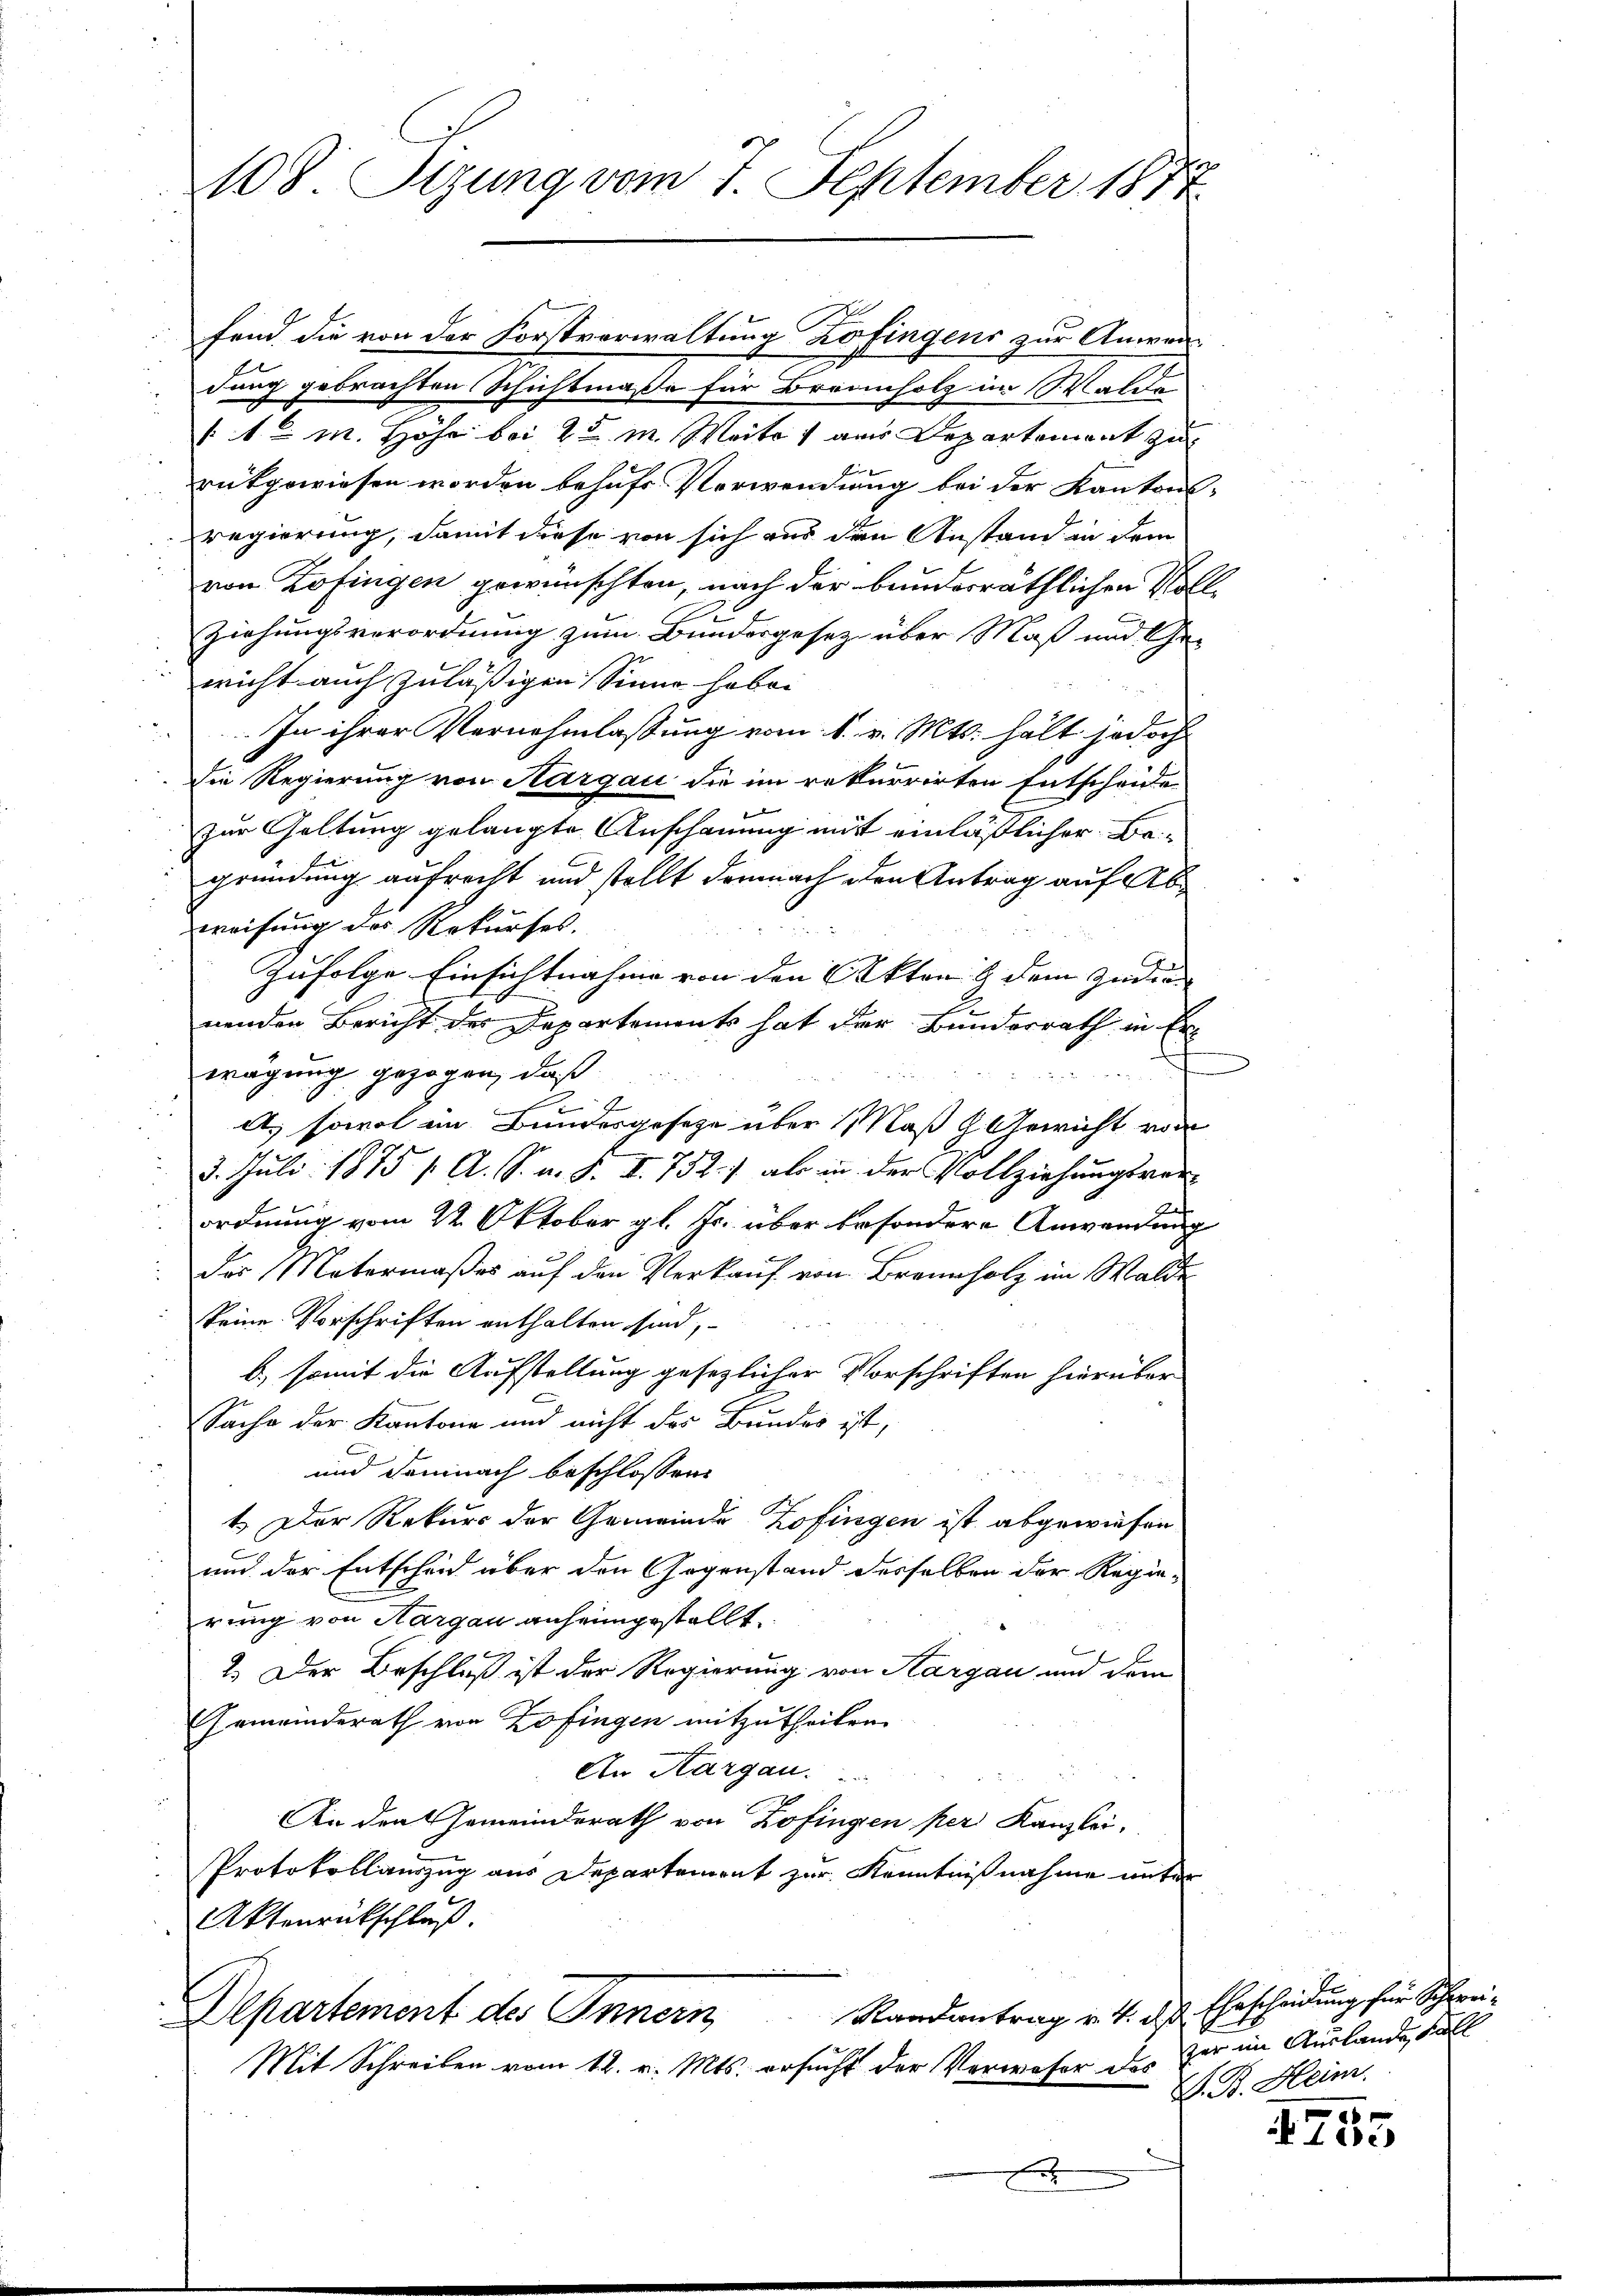
108. Setzung vom 7. September 1877

fend die von der Forstverwaltung Zofingens zur Anwendung gebrachten Schichtmaße für Brennholz im 1. Walde
 a M. Höhe bei 25 m. Maitos aus Departement zu
rukgewiesen worden behufs Verwendung bei der Kantons
regierung, damit diese von sich aus den Anstand in dem
von Zofingen gewünschten, nach der bunderräthlichen Not-
Ziehungsverordnung zum Bundergesetz über Maß und Gewicht auch zuläßigen Sinne habei
In ihrer Vernehmlassung vom 1. v. Mts. hält jedoch
die Regierung von Aargau die im rekurrirten Entscheide
zur Geltung gelangte Anschauung mit einläßlicher Be-
gründung aufrecht und stellt demnach den Antrag auf Abweisung der Rekurses.
Zufolge Einsichtnahme von den Akten & dem India- |
nenden Bericht des Departements hat der Bunderrath in Er¬
.
wägung gezogen, daß
9
A. sowol im Bundesgesetze über Maß & Gewicht von
3. Juli 1875 / A. S. a. S. I. 752.) als in der Vollziehungsrat
ordnung vom 22. Oktober gl. Js. über besondere Anwendung
.Der Matermaßes auf den Verkauf von Brennholz im Walde
keine Vorschriften enthalten sind,
b) somit die Aufstellung gesezlicher Vorschriften hierüber
Sache der Kantone und nicht des Bundes ist,
und demnach beschlossen:
1. Der Rekurs der Gemeinde Zofingen ist abgewiesen
und der Entscheid über den Gegenstand desselben der Regierung von Aargau anheimgestellt.
2. Der Beschluß ist der Regierung von Aargau und dem
Gemeinderath von Zofingen mitzutheilen.
An Hargau.  ..
An den Gemeinderath von Zofingen per Kanzlei-
Protokollanzug aus Departement zur Kenntnißnahme unter
Aktenrückschluß.
Departement des Innern Randantrag v. 4. des Ehescheidung für Schwei¬
Mit Schreiben vom 12. v. Mts. ersucht der Vorwofer das

2

zer im Auslande Fall
S. B. Heim.

x
Töc